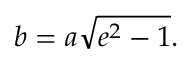
b = a { \sqrt { e ^ { 2 } - 1 } } .